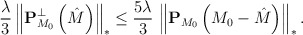
\begin{align*} \dfrac{\lambda}{3}\left \Vert \mathbf P^{\bot}_{M_0}\left (\hat M\right )\right \Vert_{*}\leq \frac{5\lambda}{3}\,\left\Vert\mathbf{P}_{M_0}\left (M_0-\hat M\right )\right \Vert_{*}. \end{align*}